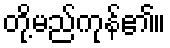
တို့မည်ကုန်၏။